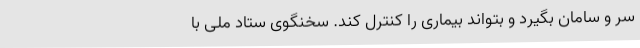
سر و سامان بگیرد و بتواند بیماری را کنترل کند. سخنگوی ستاد ملی با